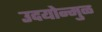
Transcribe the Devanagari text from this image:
उदयोन्मुळ